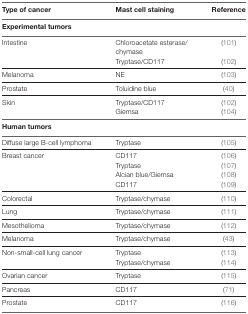
<table><thead><tr><td><b>Type of cancer</b></td><td><b>Mast cell staining</b></td><td><b>Reference</b></td></tr></thead><tbody><tr><td colspan="3"><b>Experimental tumors</b></td></tr><tr><td rowspan="2">Intestine</td><td>Chloroacetate esterase/chymase</td><td>(101)</td></tr><tr><td>Tryptase/CD117</td><td>(102)</td></tr><tr><td>Melanoma</td><td>NE</td><td>(103)</td></tr><tr><td>Prostate</td><td>Toluidine blue</td><td>(40)</td></tr><tr><td rowspan="2">Skin</td><td>Tryptase/CD117</td><td>(102)</td></tr><tr><td>Giemsa</td><td>(104)</td></tr><tr><td colspan="3"><b>Human tumors</b></td></tr><tr><td>Diffuse large B-cell lymphoma</td><td>Tryptase</td><td>(105)</td></tr><tr><td rowspan="4">Breast cancer</td><td>CD117</td><td>(106)</td></tr><tr><td>Tryptase</td><td>(107)</td></tr><tr><td>Alcian blue/Giemsa</td><td>(108)</td></tr><tr><td>CD117</td><td>(109)</td></tr><tr><td>Colorectal</td><td>Tryptase/chymase</td><td>(110)</td></tr><tr><td>Lung</td><td>Tryptase/chymase</td><td>(111)</td></tr><tr><td>Mesothelioma</td><td>Tryptase/chymase</td><td>(112)</td></tr><tr><td>Melanoma</td><td>Tryptase/chymase</td><td>(43)</td></tr><tr><td rowspan="2">Non-small-cell lung cancer</td><td>Tryptase</td><td>(113)</td></tr><tr><td>Tryptase/chymase</td><td>(114)</td></tr><tr><td>Ovarian cancer</td><td>Tryptase</td><td>(115)</td></tr><tr><td>Pancreas</td><td>CD117</td><td>(71)</td></tr><tr><td>Prostate</td><td>CD117</td><td>(116)</td></tr></tbody></table>